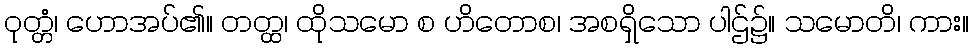
ဝုတ္တံ၊ ဟောအပ်၏။ တတ္ထ၊ ထိုသမော စ ဟိတောစ၊ အစရှိသော ပါဌ်၌။ သမောတိ၊ ကား။